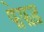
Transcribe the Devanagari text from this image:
फेफड़